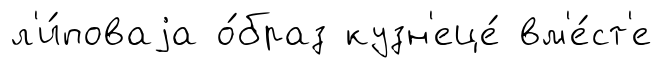
л'и́поваjа о́браз кузн'еце́ вм'е́ст'е